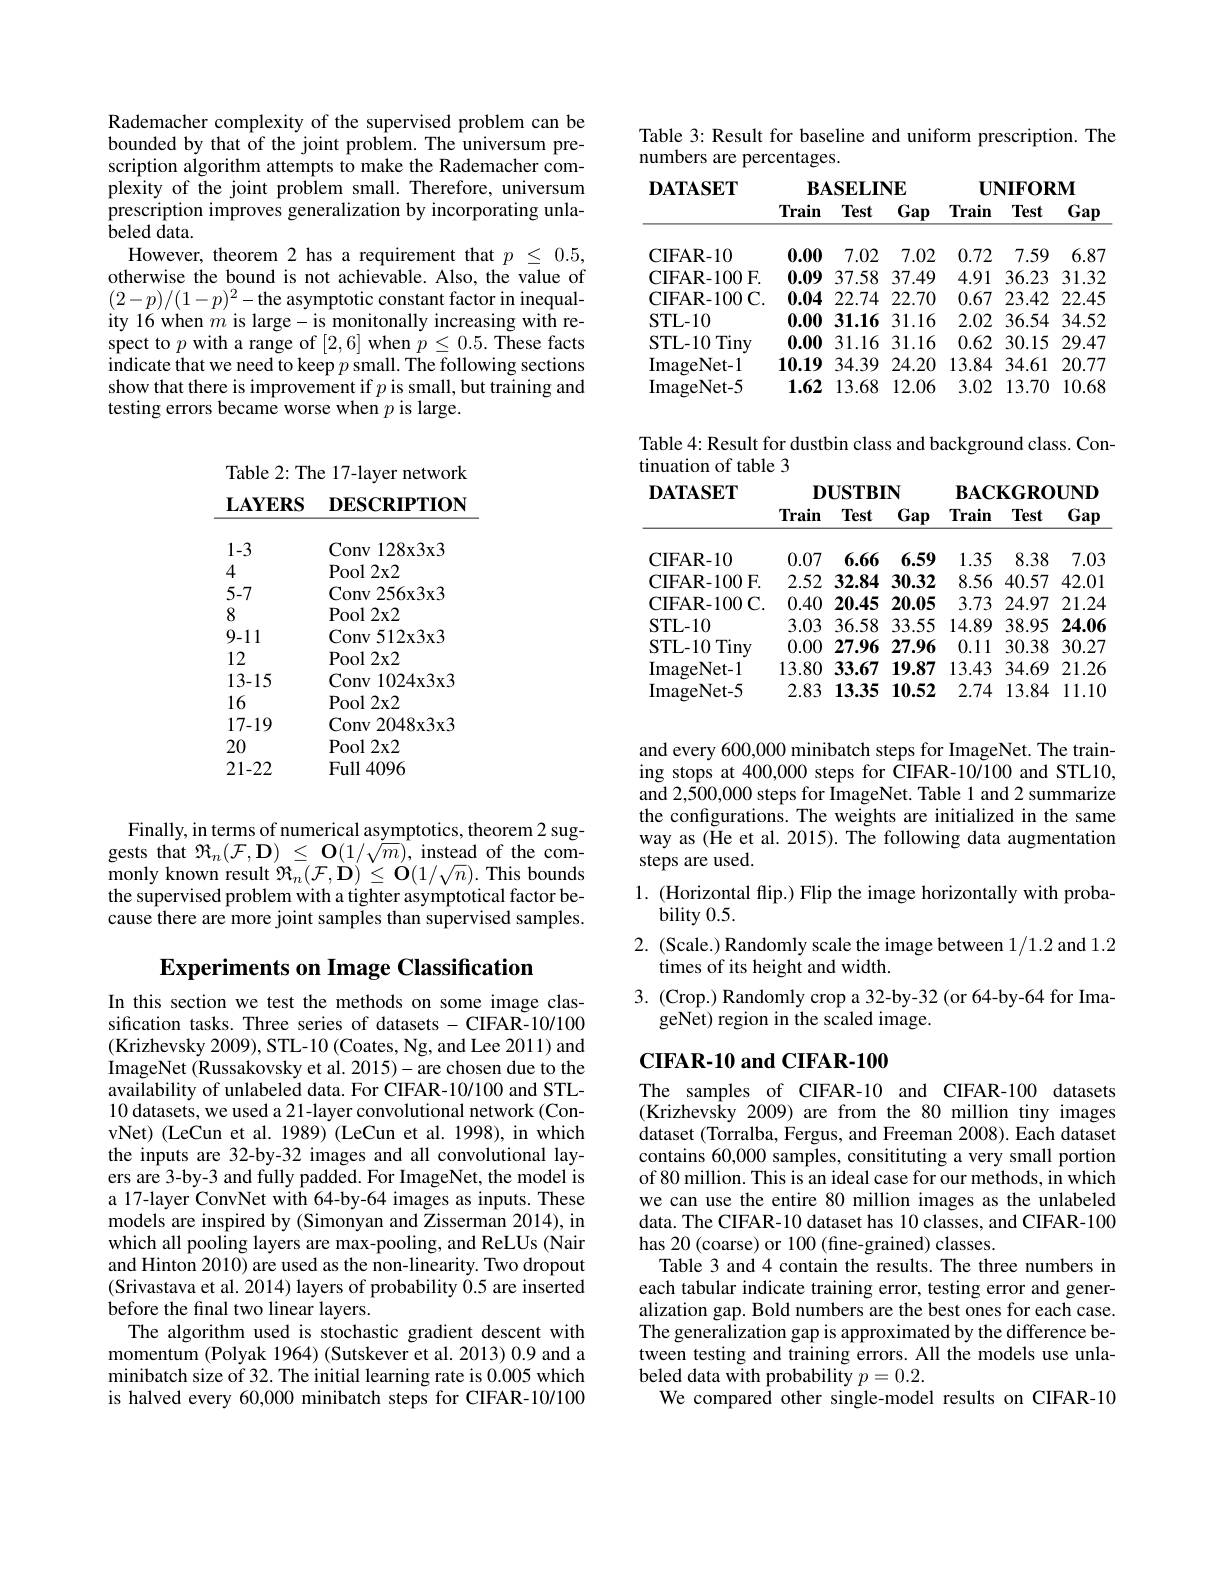
Rademacher complexity of the supervised problem can be bounded by that of the joint problem. The universum prescription algorithm attempts to make the Rademacher complexity of the joint problem small. Therefore, universum prescription improves generalization by incorporating unlabeled data.
However, theorem 2 has a requirement that $p\leq0.5$, otherwise the bound is not achievable. Also, the value of $(2-p)/(1-p)^{2}-$the asymptotic constant factor in inequality 16 when $m$ is large- is monitonally increasing with respect to $p$ with a range of [2,6] when $p\leq0.5.$ These facts indicate that we need to keep $p$ small. The following sections show that there is improvement if $p$ is small, but training and testing errors became worse when $p$ is large.

Table 2: The 17-layer network $\textbf{LAYERS}$ DESCRIPTION

<table>
	<tbody>
		<tr>
			<td>1-3</td>
			<td>Conv 128x3x3</td>
		</tr>
		<tr>
			<td>5-7</td>
			<td>Conv256x3x3</td>
		</tr>
		<tr>
			<td>8</td>
			<td>Pool 2x2</td>
		</tr>
		<tr>
			<td>9-11</td>
			<td>Conv512x3x3</td>
		</tr>
		<tr>
			<td>12</td>
			<td>Pool 2x2</td>
		</tr>
		<tr>
			<td>13-15</td>
			<td>Conv $1024\mathbf{x}3\mathbf{x}$</td>
		</tr>
		<tr>
			<td>16</td>
			<td>Pool 2x2</td>
		</tr>
		<tr>
			<td>17-19</td>
			<td>Conv2 2048x3x3</td>
		</tr>
		<tr>
			<td>20</td>
			<td>Pool 2x2</td>
		</tr>
		<tr>
			<td>21-22</td>
			<td>Full 4096</td>
		</tr>
	</tbody>
</table>

Finally, in terms of numerical asymptotics, theorem 2 suggests that $\Re_n(\mathcal{F},\mathbf{D})\leq\mathbf{O}(1/\sqrt{m})$,instead of the com- ${\mathrm{monly~known~result~}}{\mathcal{R}}_{n}({\mathcal{F}},{\mathbf{D}})\leq{\mathbf{O}}(1/\sqrt{n}).{\mathrm{~This~bounds}}$ the supervised problem with a tighter asymptotical factor because there are more joint samples than supervised samples.

# Experiments on Image Classification

In this section we test the methods on some image classification tasks. Three series of datasets -CIFAR-10/100 (Krizhevsky 2009), STL-10 (Coates, Ng, and Lee 2011) and ImageNet (Russakovsky et al. 2015)- are chosen due to the availability of unlabeled data. For CIFAR-10/100 and STL- 10 datasets, we used a 21-layer convolutional network (ConvNet) (LeCun et al. 1989) (LeCun et al. 1998), in which the inputs are 32-by-32 images and all convolutional layers are 3-by-3 and fully padded. For ImageNet, the model is a 17-layer ConvNet with 64-by-64 images as inputs. These models are inspired by (Simonyan and Zisserman 2014), in which all pooling layers are max-pooling, and ReLUs (Nair and Hinton 2010) are used as the non-linearity. Two dropout (Srivastava et al. 2014) layers of probability 0.5 are inserted before the final two linear layers.
The algorithm used is stochastic gradient descent with momentum (Polyak 1964) (Sutskever et al. 2013) 0.9 and a minibatch size of 32. The initial learning rate is 0.005 which is halved every 60,000 minibatch steps for CIFAR-10/100

Table 3: Result for baseline and uniform prescription. The
numbers are percentages
<table>
	<tbody>
		<tr>
			<th rowspan="1">$\mathbf{DATASET}$</th>
			<th>$\mathbf{B}_{t}$ Train</th>
			<th>$\mathbf{SELIN}$ Test</th>
			<th>$\mathbf{NE}$ $\underline{Gap}$</th>
			<th>$\mathbf{UI}$ Train</th>
			<th>$\mathbf{VIFOR}$ Test</th>
			<th>${:}\mathbf{M}$ $\underline{\mathrm{Gap}}$</th>
		</tr>
		<tr>
			<td>CIFAR- 10</td>
			<td>0.00</td>
			<td>7.02</td>
			<td>7.02</td>
			<td>0.72</td>
			<td>7.59</td>
			<td>6.87</td>
		</tr>
		<tr>
			<td>CIFAR- 10</td>
			<td>0.00</td>
			<td>7.02</td>
			<td>7.02</td>
			<td>0.72</td>
			<td>7.59</td>
			<td>6.87</td>
		</tr>
		<tr>
			<td>JEAR- 100</td>
			<td>0.09</td>
			<td>37.58</td>
			<td>37. 49</td>
			<td>4.91</td>
			<td>36.23</td>
			<td>31.3</td>
		</tr>
		<tr>
			<td>CIFAR- 100C.</td>
			<td>0.04</td>
			<td>22.74</td>
			<td>22.70</td>
			<td>0.67</td>
			<td>23.42</td>
			<td>22.45</td>
		</tr>
		<tr>
			<td>STL- 10</td>
			<td>0.00</td>
			<td>31.16</td>
			<td>31.16</td>
			<td>2.02</td>
			<td>36.54</td>
			<td>34.52</td>
		</tr>
		<tr>
			<td>STL- 10 Tiny</td>
			<td>0.00</td>
			<td>31.16</td>
			<td>31.16</td>
			<td>0.62</td>
			<td>30.15</td>
			<td>29.47</td>
		</tr>
		<tr>
			<td>ImageNet-1</td>
			<td>10.19</td>
			<td>34.39</td>
			<td>24.20</td>
			<td>13.84</td>
			<td>34.61</td>
			<td>20.77</td>
		</tr>
		<tr>
			<td>ImageNet- 5</td>
			<td>1.62</td>
			<td>13.68</td>
			<td>12.06</td>
			<td>3.02</td>
			<td>13.70</td>
			<td>10.68</td>
		</tr>
	</tbody>
</table>

Table 4: Result for dustbin class and background class. Con-
tinuation of table 3
$DUSTBIN$
$BACKGROUND$

$\mathbf{DATASET}$
Train Test Gap Train Test Gap

<table>
	<tbody>
		<tr>
			<th>CIFAR- 10</th>
			<th>0.07</th>
			<th>6.66</th>
			<th>6.59</th>
			<th>1.35</th>
			<th>8.38</th>
			<th>7.03</th>
		</tr>
		<tr>
			<td>CIFAR-100 F.</td>
			<td>2.52</td>
			<td>32.84</td>
			<td>30.32</td>
			<td>8.56</td>
			<td>40.57</td>
			<td>42.01</td>
		</tr>
		<tr>
			<td>CIFAR- 100C.</td>
			<td>0.40</td>
			<td>20.45</td>
			<td>20.05</td>
			<td>3.73</td>
			<td>24.97</td>
			<td>21.24</td>
		</tr>
		<tr>
			<td>STL- 10</td>
			<td>3.03</td>
			<td>36.58</td>
			<td>33.55</td>
			<td>14.89</td>
			<td>38.95</td>
			<td>24.06</td>
		</tr>
		<tr>
			<td>STL- 10 Tiny</td>
			<td>0.00</td>
			<td>27.96</td>
			<td>27.96</td>
			<td>0.11</td>
			<td>30.38</td>
			<td>30.27</td>
		</tr>
		<tr>
			<td>ImageNet- 1</td>
			<td>13.80</td>
			<td>33.67</td>
			<td>19.87</td>
			<td>13.43</td>
			<td>34.69</td>
			<td>21.26</td>
		</tr>
		<tr>
			<td>ImageNet- 5</td>
			<td>2.83</td>
			<td>13.35</td>
			<td>10.52</td>
			<td>2.74</td>
			<td>13.84</td>
			<td>11.10</td>
		</tr>
	</tbody>
</table>

and every 600,000 minibatch steps for ImageNet. The training stops at 400,000 steps for CIFAR-10/100 and STL10, and 2,500,000 steps for ImageNet. Table 1 and 2 summarize the configurations. The weights are initialized in the same way as (He et al. 2015). The following data augmentation steps are used.
1. (Horizontal flip.) Flip the image horizontally with proba-
bility 0.5.
2. (Scale.) Randomly scale the image between 1/1.2 and 1.2
times of its height and width.
3. (Crop.) Randomly crop a 32-by-32 (or 64-by-64 for Ima-
geNet) region in the scaled image.

## $\mathbf{CIFAR-10~and~CIFAR-100}$

The samples of CIFAR-10 and CIFAR-100 datasets (Krizhevsky 2009) are from the 80 million tiny images dataset (Torralba, Fergus, and Freeman 2008). Each dataset contains 60,000 samples, consitituting a very small portion of 80 million. This is an ideal case for our methods, in which we can use the entire 80 million images as the unlabeled data. The CIFAR-10 dataset has 10 classes, and CIFAR-100 has 20 (coarse) or 100 (fine-grained) classes.
Table 3 and 4 contain the results. The three numbers in each tabular indicate training error, testing error and generalization gap. Bold numbers are the best ones for each case. The generalization gap is approximated by the difference between testing and training errors. All the models use unlabeled data with probability $p=0.2.$
We compared other single-model results on CIFAR-10